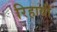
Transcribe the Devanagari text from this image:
रिहायी